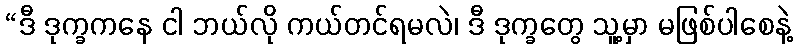
“ဒီ ဒုက္ခကနေ ငါ ဘယ်လို ကယ်တင်ရမလဲ၊ ဒီ ဒုက္ခတွေ သူ့မှာ မဖြစ်ပါစေနဲ့